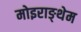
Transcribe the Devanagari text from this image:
मोइराङ्थेम